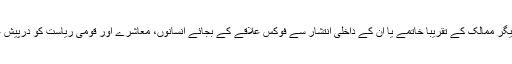
1990ء کے عشرے میں بعض افریقی اور دیگر ممالک کے تقریباً خاتمے یا ان کے داخلی انتشار سے فوکس علاقے کے بجائے انسانوں، معاشرے اور قومی ریاست کو درپیش غیر عسکری داخلی خطرات کی طرف ہو گیا۔